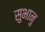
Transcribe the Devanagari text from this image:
सुभानु